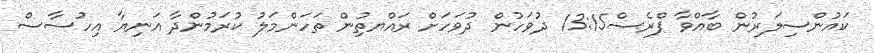
ކައުންސިލަރުން ބާއްވާ ޕްރެސް13:15 ދުވަހުން ދުވަހަށް ރައްޔތިުން ތަހަންމަލު ކުރަމުންދާ އަނިޔާ އިހުސާސް